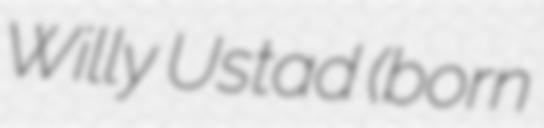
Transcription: Willy Ustad (born